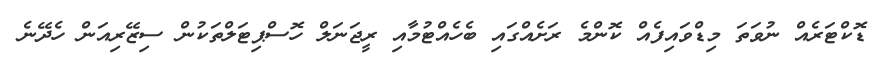
ޑޮކްޓަރެއް ނުވަތަ މިޑްވައިފެއް ކޮންމެ ރަށެއްގައި ބެހެއްޓުމާއި ރީޖަނަލް ހޮސްޕިޓަލްތަކުން ސިޒޭރިއަން ހެދޭނެ